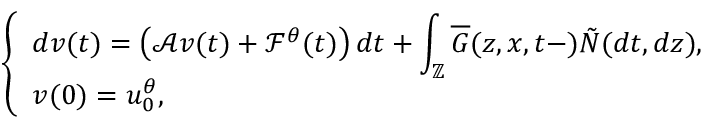
\left\{ \begin{array} { l l } { \displaystyle d v ( t ) = \left( \mathcal { A } v ( t ) + \mathcal { F } ^ { \theta } ( t ) \right) d t + \int _ { \mathbb { Z } } \overline { { G } } ( z , x , t - ) \tilde { N } ( d t , d z ) , } \\ { v ( 0 ) = u _ { 0 } ^ { \theta } , } \end{array} \right.